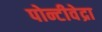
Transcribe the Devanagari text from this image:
पोन्टीवेद्रा